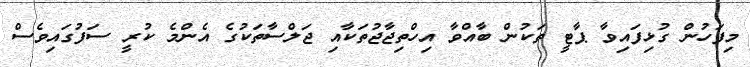
މިފަހުން ގުޅިފައިވާ ޕާޓީ ތަކުން ބާއްވާ އިހްތިޖާޖުތަކާއި ޖަލްސާތަކުގެ އެންމެ ކުރީ ސަފުގައިވެސް